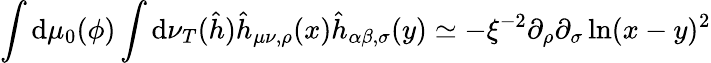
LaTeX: \int\mathrm{d}\mu_{0}(\phi)\int\mathrm{d}\nu_{T}(\hat{{h}})\hat{{h}}_{\mu\nu,\rho}(x)\hat{{h}}_{\alpha\beta,\sigma}(y)\simeq-\xi^{-2}\partial_{\rho}\partial_{\sigma}\ln(x-y)^{2}